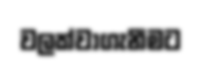
වලක්වාගැනීමට